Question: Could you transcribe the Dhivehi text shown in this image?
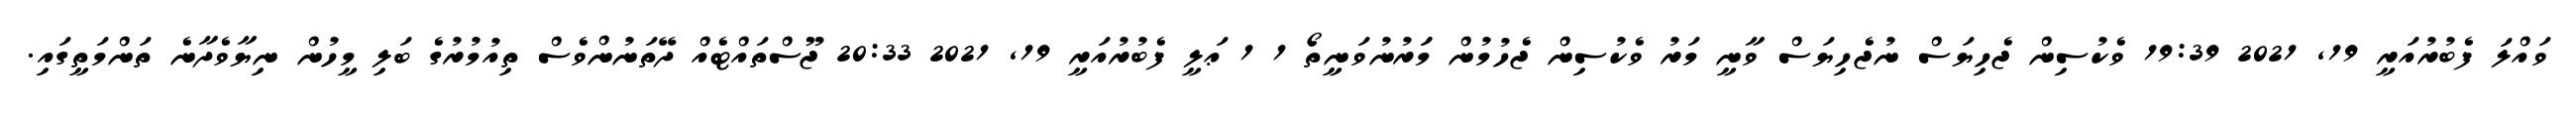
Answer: ވައްލަ ފެބުރުއަރީ 19, 2021 19:39 ވެކުސިން ޖެހިޔަސް ނުޖެހިޔަސް ވާނީ މަރު ވެކުސިން ޖެހުމުން މަަރުނުވަނީތޯ 1 1 ޢަލީ ފެބުރުއަރީ 19, 2021 20:33 ޖޫސްތައްޓެއް ދޭތަނުންވެސް ތިއުމުރުގެ ބަލި މީހުން ނިޔާވެދާނެ ތަންމަތީގައި.